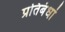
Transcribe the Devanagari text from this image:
प्रतिबंधां